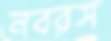
নবরস